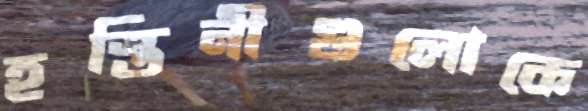
হস্তিনীগুলোকে